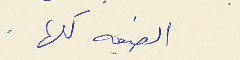
الضيعه كلها .